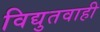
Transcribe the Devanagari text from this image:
विद्युतवाही